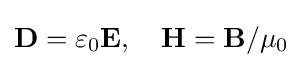
\mathbf {D} =\varepsilon _{0}\mathbf {E} ,\quad \mathbf {H} =\mathbf {B} /\mu _{0}